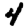
Digit: 4